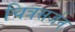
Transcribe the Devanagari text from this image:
चित्रसर्जन